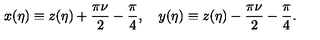
x ( \eta ) \equiv z ( \eta ) + \frac { \pi \nu } { 2 } - \frac { \pi } { 4 } , \quad y ( \eta ) \equiv z ( \eta ) - \frac { \pi \nu } { 2 } - \frac { \pi } { 4 } .